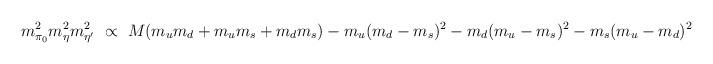
LaTeX: \begin{align*}m_{\pi_0}^2m_\eta^2 m_{\eta^\prime}^2\ \propto\ M (m_um_d+m_um_s+m_dm_s)-m_u(m_d-m_s)^2-m_d(m_u-m_s)^2-m_s(m_u-m_d)^2\end{align*}